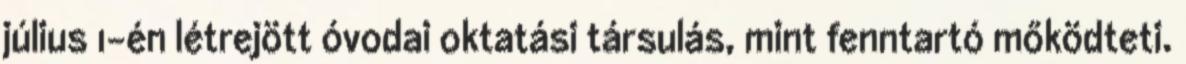
július 1-én létrejött óvodai oktatási társulás, mint fenntartó mőködteti.